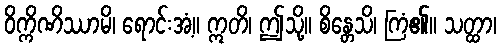
ဝိက္ကိဏိဿာမိ၊ ရောင်းအံ့။ ဣတိ၊ ဤသို့။ စိန္တေသိ၊ ကြံ၏။ သတ္ထာ၊